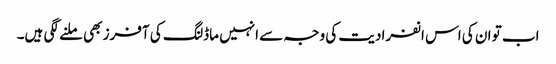
اب تو ان کی اس انفرادیت کی وجہ سے انہیں ماڈلنگ کی آفرز بھی ملنے لگی ہیں۔